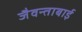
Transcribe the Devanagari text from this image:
जैवन्ताबाई